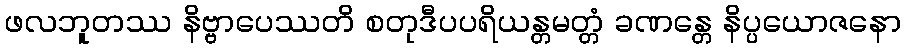
ဖလဘူတဿ နိဗ္ဗာပေဿတိ စတုဒီပပရိယန္တမတ္တံ ခဏန္တေ နိပ္ပယောဇနော